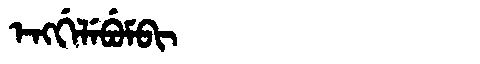
Manchu: ᡝᠩᡤᡝᠯᡝᠪᡠᠮᠪᡳ
Romanization: ENGGELEBUMBI